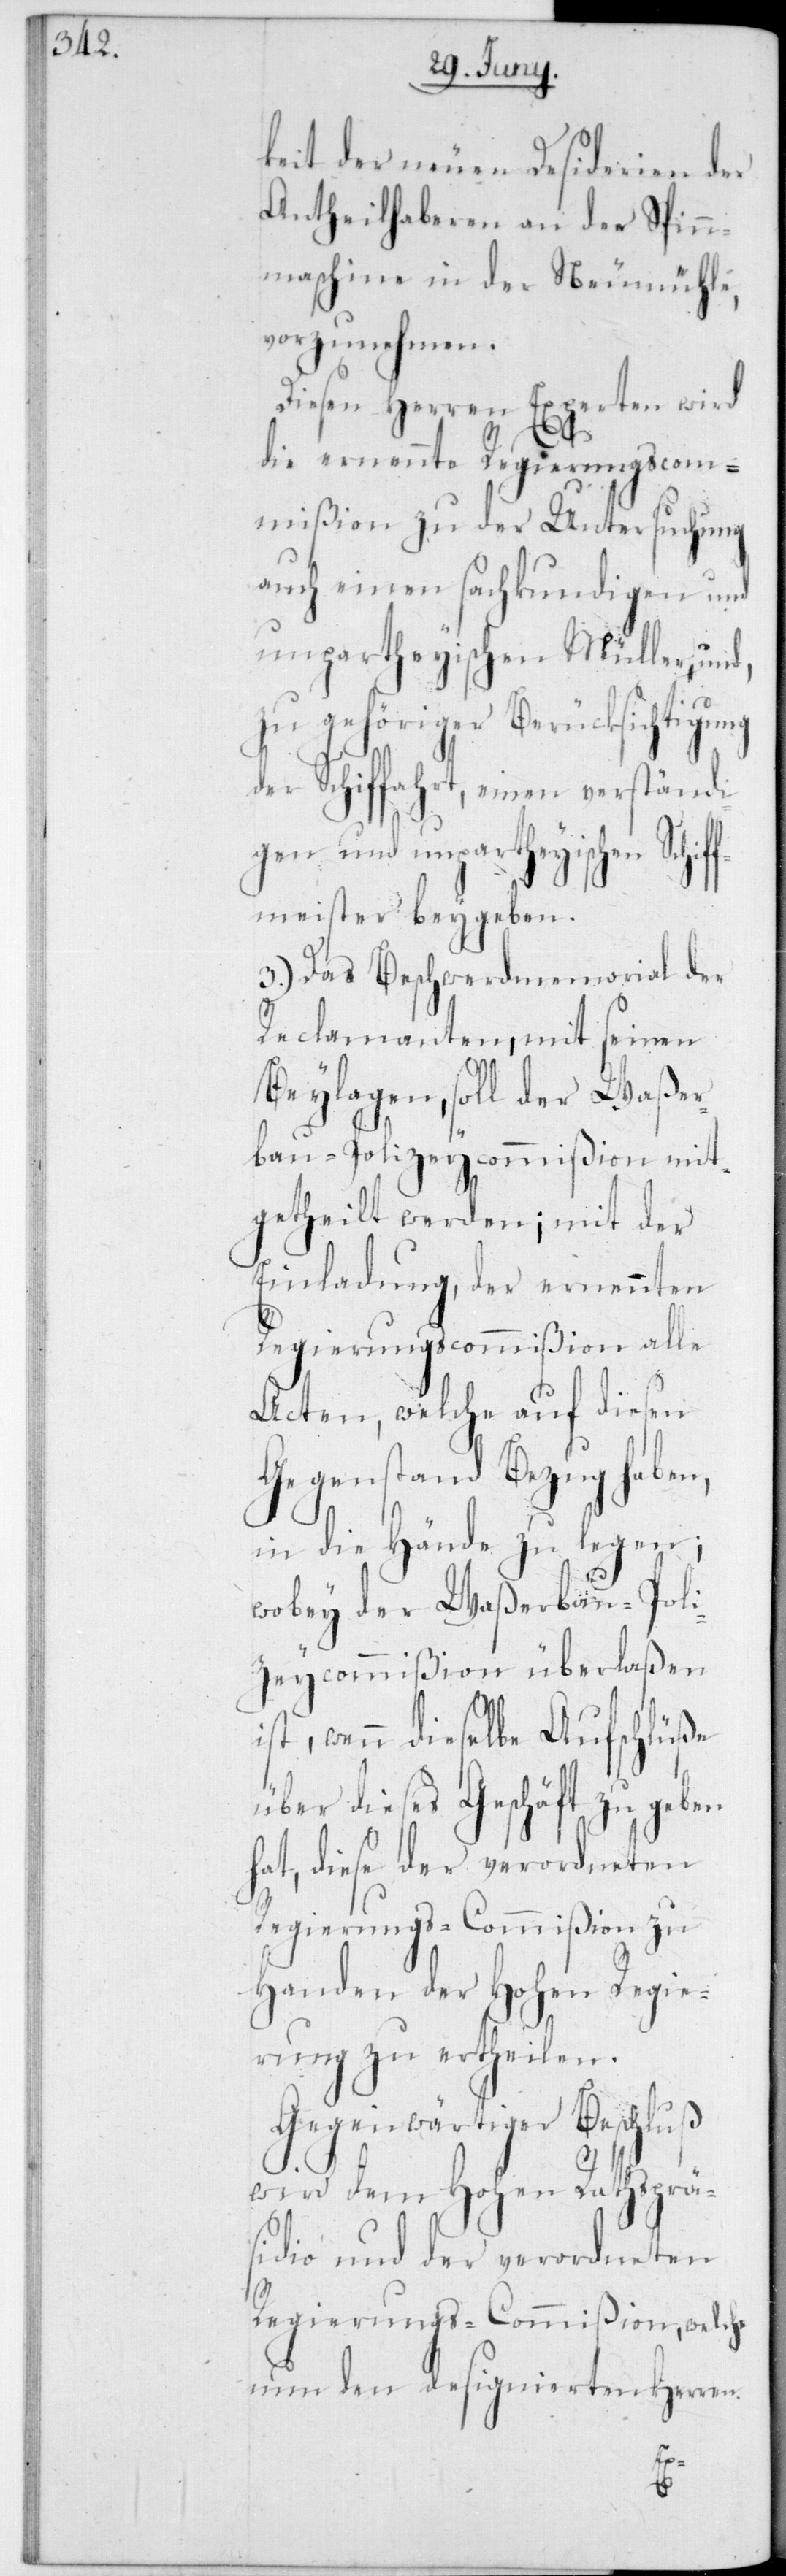
keit der neuen Desiderien der
Antheilhaberen an der Spin¬
nmaschine in der Neumühle
vorzunehmen.
Diesen Herren Experten wird
die ernennte Regierungscom¬
mißion zu der Untersuchung
auch einen sachkundigen und
unpartheyischen Müller, und,
zu gehöriger Berücksichtigung
der Schifffahrt, einen verständi¬
gen und unpartheyischen Schif¬
fmeister beygeben.
3.) Das Beschwerdmemorial der
Reclamanten, mit seinen
Beylagen, soll der Waßer¬
bau-Polizeycommißion mit¬
getheilt werden; mit der
Einladung, der ernannten
RegierungsCommißion alle
Acten, welche auf diesen
Gegenstand Bezug haben,
in die Hände zu legen;
wobey der Waßerbau-Poli¬
zeycommißion überlaßen
ist, wenn dieselbe Aufschlüße
über dieses Geschäft zu geben
hat, diese der verordneten
Regierungs-Commißion zu
Handen der Hohen Regie¬
rung zu ertheilen.
Gegenwärtiger Beschluß
wird dem Hohen Rathsprä¬
sidio und der verordneten
Regierungs-Commißion, welche
nun den designierten Herren